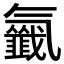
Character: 𣱰